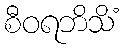
စီဝရဘိသိံ